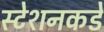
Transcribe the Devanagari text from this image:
स्टेशनकडे